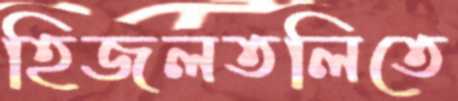
হিজলতলিতে